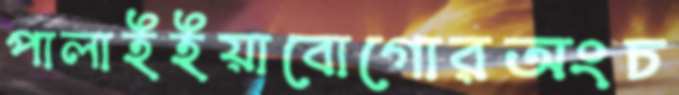
পালাইইয়াবোগোরঅংচ